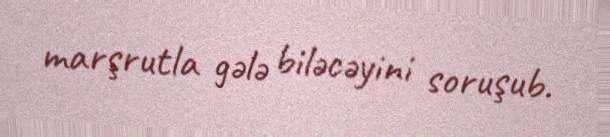
marşrutla gələ biləcəyini soruşub.